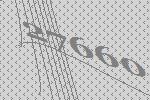
27660